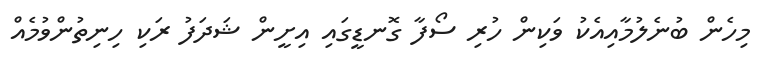
މިހެން ބުނެލުމާއިއެކު ވަކިން ހުރި ސޯފާ ގޮނޑީގައި އިށީން ޝަދަފު ރަކި ހިނިތުންވުމެއް